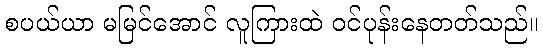
စပယ်ယာ မမြင်အောင် လူကြားထဲ ဝင်ပုန်းနေတတ်သည်။